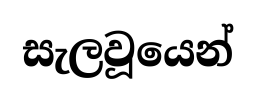
සැලවූයෙන්